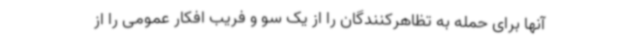
آنها برای حمله به تظاهرکنندگان را از یک سو و فریب افکار عمومی را از